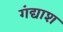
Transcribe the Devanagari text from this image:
गंद्याश